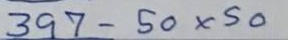
397 - 50 x 50